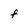
Character: f